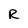
Character: R